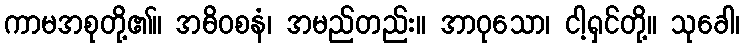
ကာမအစုတို့၏။ အဓိဝစနံ၊ အမည်တည်း။ အာဝုသော၊ ငါ့ရှင်တို့။ သုခေါ၊